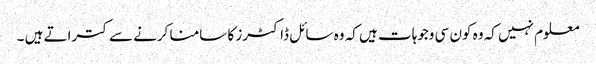
معلوم نہیں کہ وہ کون سی وجوہات ہیں کہ وہ سائل ڈاکٹرز کا سامنا کرنے سے کتراتے ہیں ۔